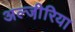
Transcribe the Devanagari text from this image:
अल्जी़रिया